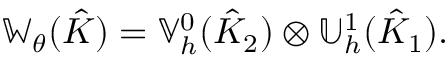
\mathbb { W } _ { \theta } ( \hat { K } ) = \mathbb { V } _ { h } ^ { 0 } ( \hat { K } _ { 2 } ) \otimes \mathbb { U } _ { h } ^ { 1 } ( \hat { K } _ { 1 } ) .